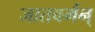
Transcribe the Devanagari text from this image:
जातवर्मन्‌